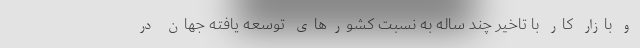
و بازار کار با تاخیر چند ساله به نسبت کشورهای توسعه یافته جهان در